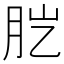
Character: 𦙏